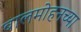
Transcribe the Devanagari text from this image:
बालमोहनच्या